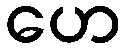
ဟေ